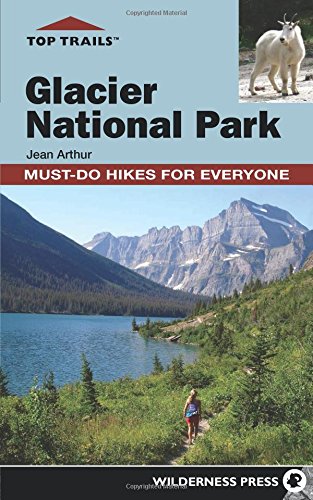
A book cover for Top Trails: Glacier National Park: Must-Do Hikes for Everyone; Jean Arthur; Health, Fitness & Dieting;